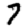
Digit: 7